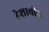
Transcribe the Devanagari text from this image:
देशाचीच